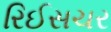
રિઈસચર